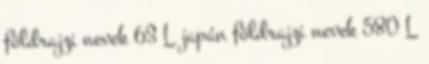
földrajzi nevek‎ 63 L japán földrajzi nevek‎ 580 L